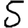
Digit: 5